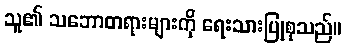
သူ၏ သဘောတရားများကို ရေးသားပြုစုသည်။